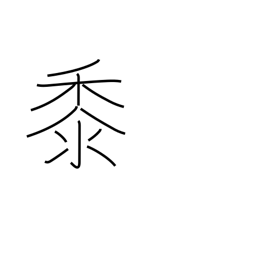
Meaning: millet